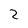
Character: 2